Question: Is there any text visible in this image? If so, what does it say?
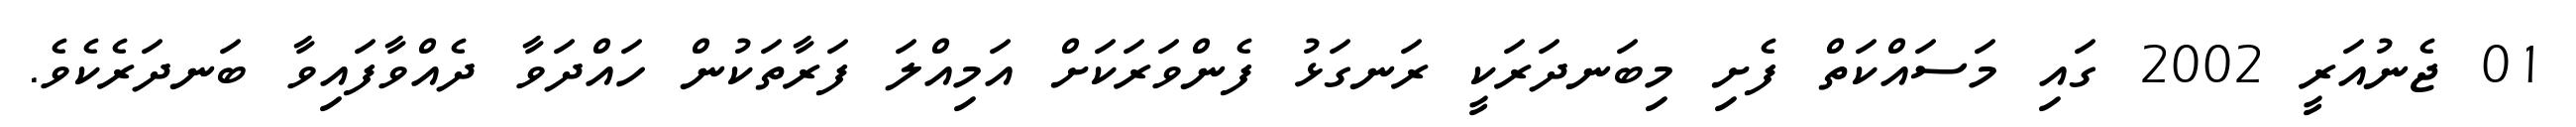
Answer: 01 ޖެނުއަރީ 2002 ގައި މަސައްކަތް ފެށި މިބަނދަރަކީ ރަނގަޅު ފެންވަރަކަށް އަމިއްލަ ފަރާތަކުން ހައްދަވާ ދެއްވާފައިވާ ބަނދަރެކެވެ.